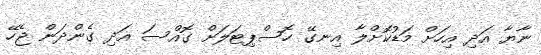
ނާޔާ އަދި އިހަށް މަޑުކޮށްލާ އިނގޭ ހޮސްޕިޓަލަށް ގޮއްސަ އަދި ގެންދަން ޖެހޭ